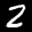
Label: 2